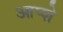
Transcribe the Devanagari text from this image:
आप्शे